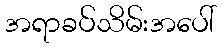
အရာခပ်သိမ်းအပေါ်